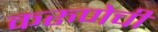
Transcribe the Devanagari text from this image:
करुणेची